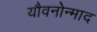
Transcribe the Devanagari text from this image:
यौवनोन्माद